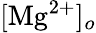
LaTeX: [\mathrm{Mg}^{2+}]_{o}